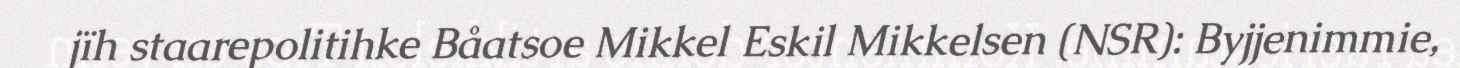
jïh staarepolitihke Båatsoe Mikkel Eskil Mikkelsen (NSR): Byjjenimmie,